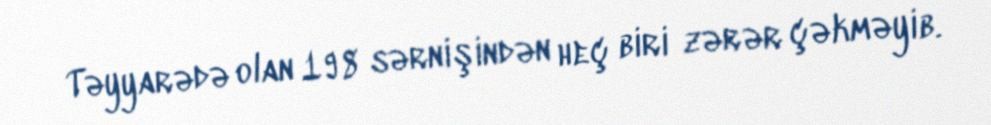
Təyyarədə olan 198 sərnişindən heç biri zərər çəkməyib.